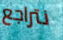
نتراجع